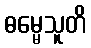
ဓမ္မေသူတိ